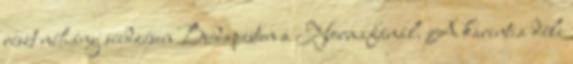
részt néhány síedzésen Budapesten a Normafánál. A karintia déli